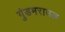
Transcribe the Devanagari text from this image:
गुंडमराउळ